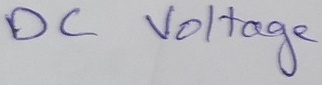
Text: DC Voltage